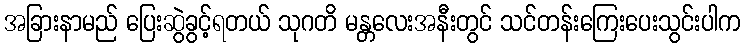
အခြားနာမည် ပြေးဆွဲခွင့်ရတယ် သုဂတိ မန္တလေးအနီးတွင် သင်တန်းကြေးပေးသွင်းပါက